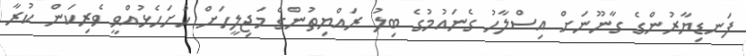
ފަނޑިޔާރުންގެ ގާނޫނަށް އިސްލާހު ގެނައުމުގެ ބިލު ރައްޔިތުންގެ މަޖިލީހަށް ހުށަހެޅުއްވީ ވެރިކަން ކުރާ